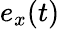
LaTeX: e_{x}(t)